Annual report on the working of the lock hospitals in the Central Provinces
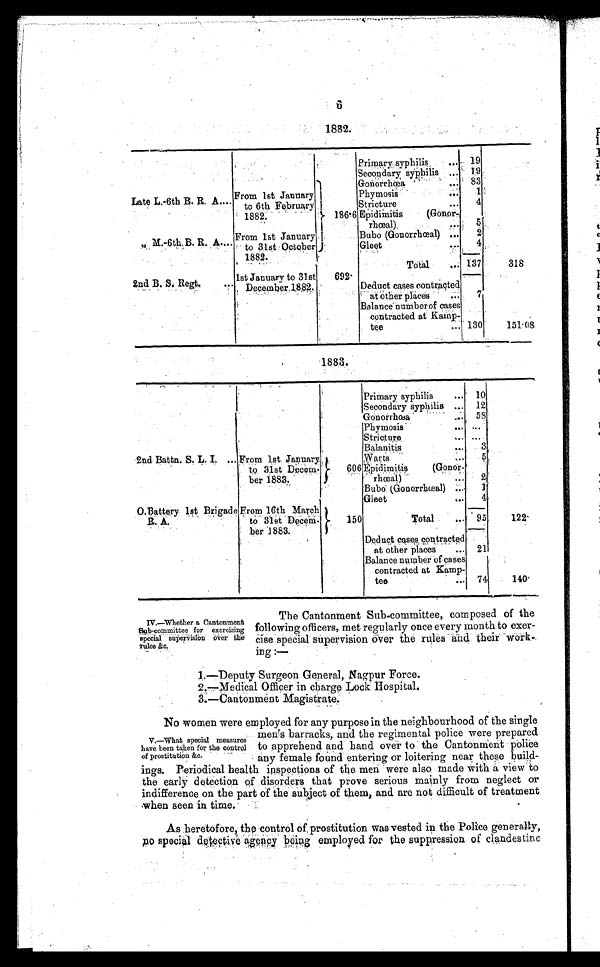
6
1882.
Primary syphilis
... 19
Secondar y syphilis ... 19
186.6
Gonorrhœa
... 83
Late L.-6th B. R. A.... From 1st January
to 6th February
1882.
Phymosis
• • .
1
Stricture
...
4
Epidimitis
(Gonor-
rhœal). ...
5
”
M . - 6 t h B . R . A . . .
From 1st January
s
to 31st Octobe
r
1882.
Bubo (Gonorrhœal) ...
2
Gleet
.
4
Total
... 137
318
2nd B. S. Regt,
. .
. 1st January to 31st
December, 1882.
692 .
Deduct cases contracted
at Other places
...
7
Balance number of cases
contracted at Kamp-
tee
... 130
151.08
1883.
Primary syphilis
... 10
Secondary
... 12
Gonorrhœa..•• 58
Phymosis
... ••.
Stricture
••• •••
Balanitis
...
2nd Battn. S. L. L ... From 1st. January.
to 31st Decem-
ber 1883.
60 6
Warts
.. .
5 8
Epidimitis
(Gonor-
rhœal)
••• 2
Bubo (Gonorrhœal) ...
1
Gleet
...
4
O.Battery 1st Brigade
R. A.
From 16th March
to 31st Decem-
ber 1883.
150
Total
... 95
1 2 2 .
Deduct cases contracted
at other places
... 21
Balance number of cases
contracted at Kamp-
tee
... 74
1 4 0 .
IV.—Whether a Cantonment
S u b - c o m m i t t e e f o r e x e r c i s i n g
special supervision over the
rules &c.
The Cantonment Sub-committee, composed of the
following officers, met regularly once every month to exer-
cise special supervision over the rules and their work-
ing:—
1.—Deputy Surgeon General, Nagpur Force.
2.—Medical Officer in charge Lock Hospital
.
3 . — C a n t o n m e n t M a g i s t r a t e .
No women were employed for any purpose in the neighbourhood of the single
men's barracks, and the regimental police were prepared
to apprehend and hand over to the Cantonment police
any female found entering or loitering near these build-
ings. Periodical health inspections of the men were also made with a view to
the early detection of disorders that prove serious mainly from neglect or
indifference on the part of the subject of them, and are not difficult of treatment
when seen in time.
As heretofore, the control of, prostitution was vested in the Police generally,
special detective agency being employed for the suppression of clandestine
V.—What special measures
have been taken for the control
of prostitution &c.